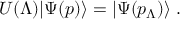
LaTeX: U ( \Lambda ) | \Psi ( p ) \rangle = | \Psi ( p _ { \Lambda } ) \rangle \; .